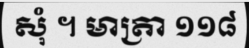
សុំ ។ មាត្រា ១១៨